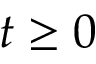
t \geq 0